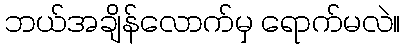
ဘယ်အချိန်လောက်မှ ရောက်မလဲ။